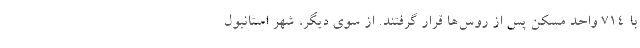
با 714 واحد مسکن پس از روس‌ها قرار گرفتند. از سوی دیگر، شهر استانبول